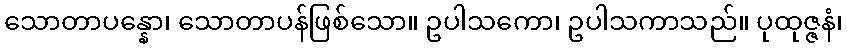
သောတာပန္နော၊ သောတာပန်ဖြစ်သော။ ဥပါသကော၊ ဥပါသကာသည်။ ပုထုဇ္ဇနံ၊